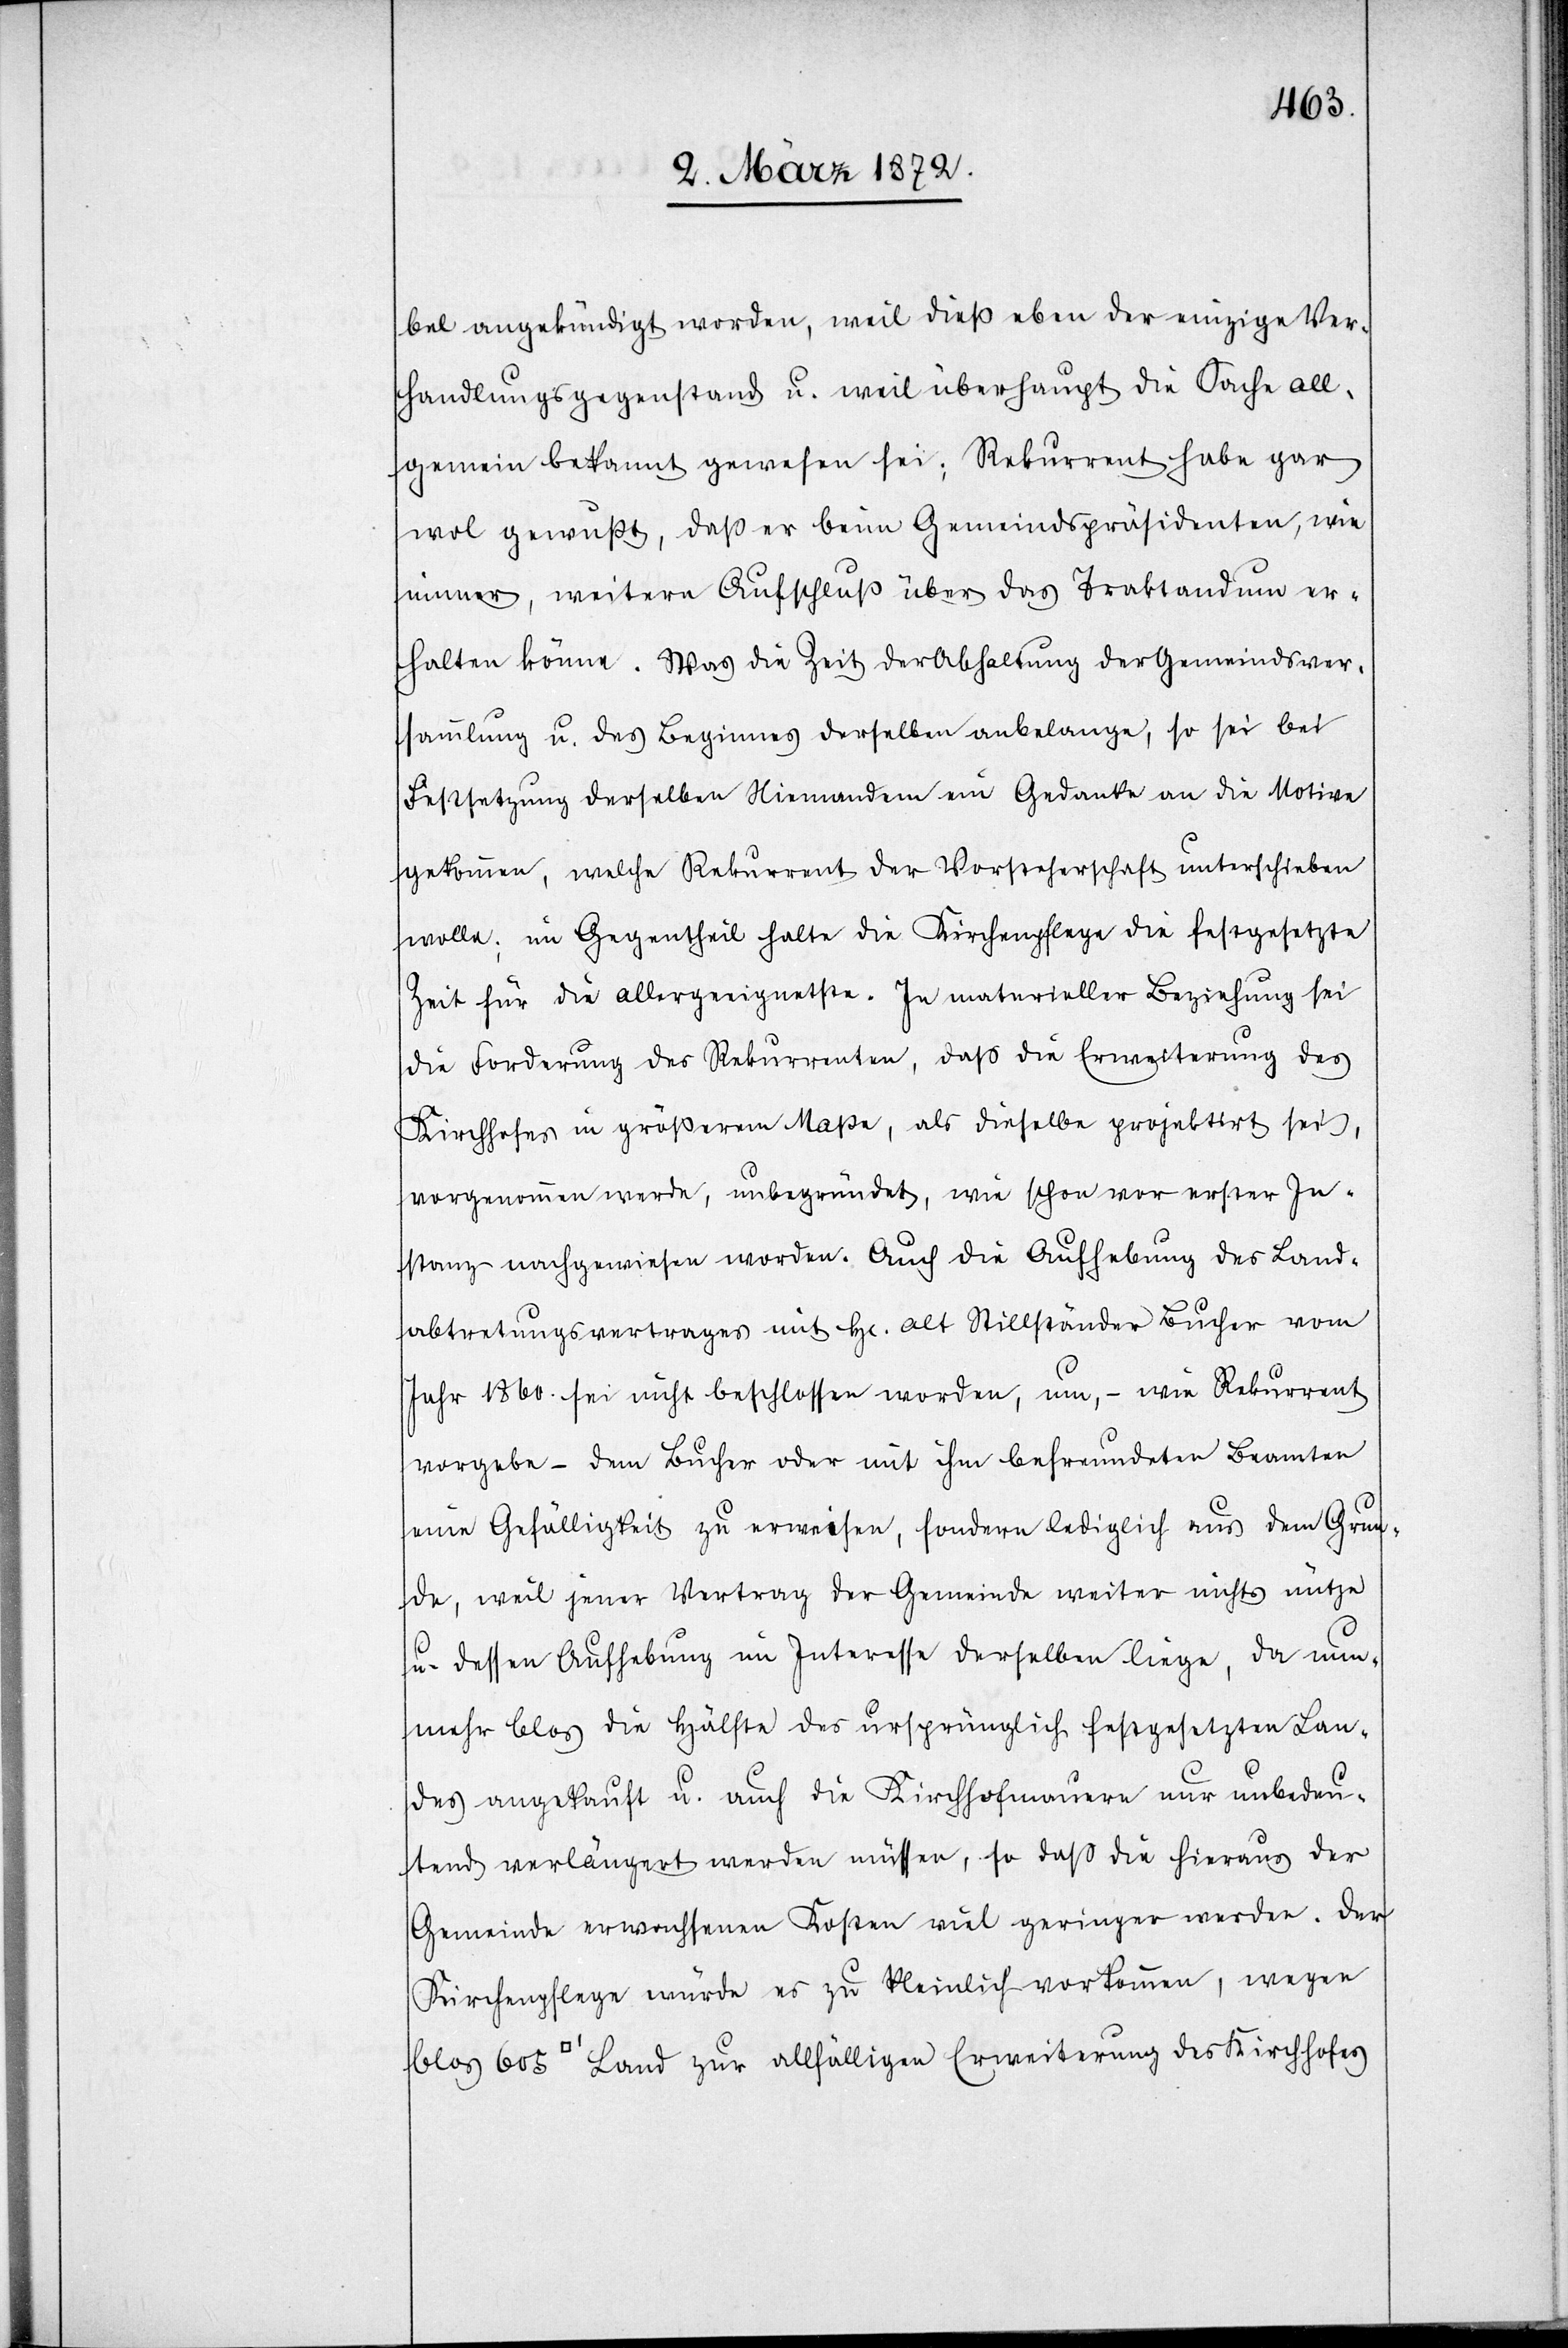
bel angekündigt worden, weil dieß eben der einzige Ver¬
handlungsgegenstand u. weil überhaupt die Sache all¬
gemein bekannt gewesen sei; Rekurrent habe gar
wol gewußt, daß er beim Gemeindspräsidenten, wie
immer, weitern Aufschluß über das Traktandum er¬
halten könne. Was die Zeit der Abhaltung der Gemeindsver¬
sammlung u. des Beginnes derselben anbelange, so sei bei
Festsetzung derselben Niemandem ein Gedanke an die Motive
gekommen, welche Rekurrent der Vorsteherschaft unterschieben
wolle; im Gegentheil halte die Kirchenpflege die festgesetzte
Zeit für die allergeeignetste. In materieller Beziehung sei
die Forderung des Rekurrenten, daß die Erweiterung des
Kirchhofes in größerem Maße, als dieselbe projektirt sei,
vorgenommen werde, unbegründet, wie schon vor erster In¬
stanz nachgewiesen worden. Auch die Aufhebung des Land¬
abtretungsvertrages mit Hr. alt Stillständer Bucher vom
Jahr 1860. sei nicht beschlossen worden, um, – wie Rekurrent
vorgebe – dem Bucher oder mit ihm befreundeten Beamten
eine Gefälligkeit zu erweisen, sondern lediglich aus dem Grun¬
de, weil jener Vertrag der Gemeinde weiter nichts nütze
u. dessen Aufhebung im Interesse derselben liege, da nun¬
mehr blos die Hälfte des ursprünglich festgesetzten Lan¬
des ausgekauft u. auch die Kirchhofmauern nur unbedeu¬
tend verlängert werden müssen, so daß die hieraus der
Gemeinde erwachsenen Kosten viel geringer werden. Der
Kirchenpflege würde es zu kleinlich vorkommen, wegen
[Quadratfuss] Land zur allfälligen Erweiterung des Kirchhofes